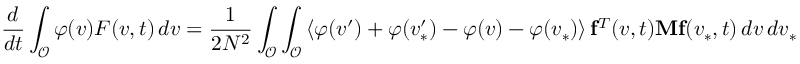
\frac { d } { d t } \int _ { \mathcal { O } } \varphi ( v ) F ( v , t ) \, d v = \frac { 1 } { 2 N ^ { 2 } } \int _ { \mathcal { O } } \int _ { \mathcal { O } } \left\langle \varphi ( v ^ { \prime } ) + \varphi ( v _ { \ast } ^ { \prime } ) - \varphi ( v ) - \varphi ( v _ { \ast } ) \right\rangle \mathbf { f } ^ { T } ( v , t ) \mathbf { M } \mathbf { f } ( v _ { \ast } , t ) \, d v \, d v _ { \ast }